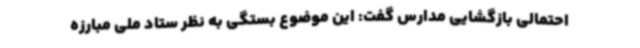
احتمالی بازگشایی مدارس گفت: این موضوع بستگی به نظر ستاد ملی مبارزه